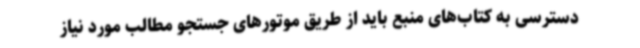
دسترسی به کتاب‌های منبع باید از طریق موتورهای جستجو مطالب مورد نیاز